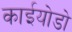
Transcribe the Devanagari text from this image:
काईयोडो